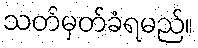
သတ်မှတ်ခံရမည်။